Indian journal of veterinary science and animal husbandry - Volume 14,
Year: 1944
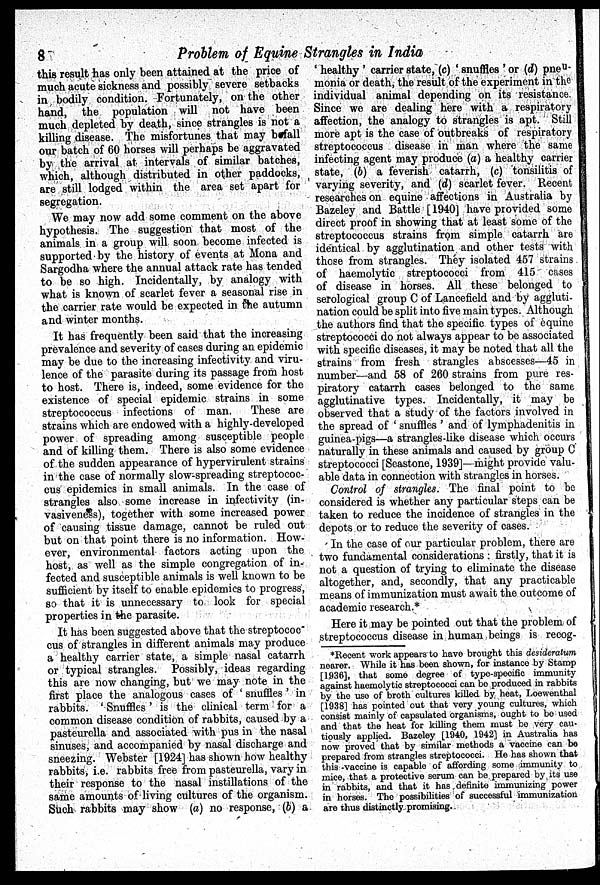
8
Problem of Equine Strangles in India
this result has only been attained at the price of
much acute sickness and possibly severe setbacks
in bodily condition. Fortunately, on the other
hand, the population will not have been
much depleted by death, since strangles is not a
killing disease. The misfortunes that may befall
our batch of 60 horses will perhaps be aggravated
by the arrival at intervals of similar batches,
which, although distributed in other paddocks,
are still lodged within the area set apart for
segregation.
We may now add some comment on the above
hypothesis. The suggestion that most of the
animals in a group will soon become infected is
supported by the history of events at Mona and
Sargodha where the annual attack rate has tended
to be so high. Incidentally, by analogy with
what is known of scarlet fever a seasonal rise in
the carrier rate would be expected in the autumn
and winter months.
It has frequently been said that the increasing
prevalence and severity of cases during an epidemic
may be due to the increasing infectivity and viru-
lence of the parasite during its passage from host
to host. There is, indeed, some evidence for the
existence of special epidemic strains in some
streptococcus infections of man. These are
strains which are endowed with a highly-developed
power of spreading among susceptible people
and of killing them. There is also some evidence
of the sudden appearance of hypervirulent strains
in the case of normally slow-spreading streptococ-
cus epidemics in small animals. In the case of
strangles also some increase in infectivity (in-
vasiveness), together with some increased power
of causing tissue damage, cannot be ruled out
but on that point there is no information. How-
ever, environmental factors acting upon the
host, as well as the simple congregation of in-
fected and susceptible animals is well known to be
sufficient by itself to enable epidemics to progress,
so that it is unnecessary to look for special
properties in the parasite.
It has been suggested above that the streptococ-
cus of strangles in different animals may produce
a healthy carrier state, a simple nasal catarrh
or typical strangles. Possibly, ideas regarding
this are now changing, but we may note in the
first place the analogous cases of 'snuffles' in
rabbits. 'Snuffles' is the clinical term for a
common disease condition of rabbits, caused by a
pasteurella and associated with pus in the nasal
sinuses, and accompanied by nasal discharge and
sneezing. Webster [1924] has shown how healthy
rabbits, i.e. rabbits free from pasteurella, vary in
their response to the nasal instillations of the
same amounts of living cultures of the organism.
Such rabbits may show (a) no response, (b) a
'healthy' carrier state, (c) 'snuffles' or (d) pneu-
monia or death, the result of the experiment in the
individual animal depending on its resistance.
Since we are dealing here with a respiratory
affection, the analogy to strangles is apt. Still
more apt is the case of outbreaks of respiratory
streptococcus disease in man where the same
infecting agent may produce (a) a healthy carrier
state, (b) a feverish catarrh, (c) tonsilitis of
varying severity, and (d) scarlet fever. Recent
researches on equine affections in Australia by
Bazeley and Battle [1940] have provided some
direct proof in showing that at least some of the
streptococcus strains from simple catarrh are
identical by agglutination and other tests with
those from strangles. They isolated 457 strains
of haemolytic streptococci from 415 cases
of disease in horses. All these belonged to
serological group C of Lancefield and by aggluti-
nation could be split into five main types. Although
the authors find that the specific types of equine
streptococci do not always appear to be associated
with specific diseases, it may be noted that all the
strains from fresh strangles abscesses—45 in
number—and 58 of 260 strains from pure res-
piratory catarrh cases belonged to the same
agglutinative types. Incidentally, it may be
observed that a study of the factors involved in
the spread of 'snuffles' and of lymphadenitis in
guinea-pigs—a strangles-like disease which occurs
naturally in these animals and caused by group C
streptococci [Seastone, 1939]—might provide valu-
able data in connection with strangles in horses.
Control of strangles. The final point to be
considered is whether any particular steps can be
taken to reduce the incidence of strangles in the
depots or to reduce the severity of cases.
In the case of our particular problem, there are
two fundamental considerations: firstly, that it is
not a question of trying to eliminate the disease
altogether, and, secondly, that any practicable
means of immunization must await the outcome of
academic research.*
Here it may be pointed out that the problem of
streptococcus disease in human beings is recog-
*Recent work appears to have brought this desideratum
nearer. While it has been shown, for instance by Stamp
[1.936], that some degree of type-specific immunity
against haemolytic streptococci can be produced in rabbits
by the use of broth cultures killed by heat, Loewenthal
[1938] has pointed out that very young cultures, which
consist mainly of capsulated organisms, ought to be used
and that the heat for killing them must be very cau-
tiously applied. Bazeley [1940, 1942] in Australia has
now proved that by similar methods a vaccine can be
prepared from strangles streptococci. He has shown that
this vaccine is capable of affording some immunity to
mice, that a protective serum can be prepared by its use
in rabbits, and that it has definite immunizing power
in horses. The possibilities of successful immunization
are thus distinctly promising.